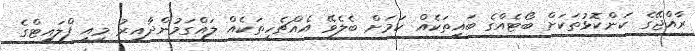
ރާއްޖޭގެ ކަންކޮޅުތަކަށް ބޯޓެއްގެ ބައިތަކެއް ކަމަށް ބެލެވޭ އެއްޗެހިތަކެއް ލައްގަމުންދާއިރު މިއީ ފްލައިޓްގެ